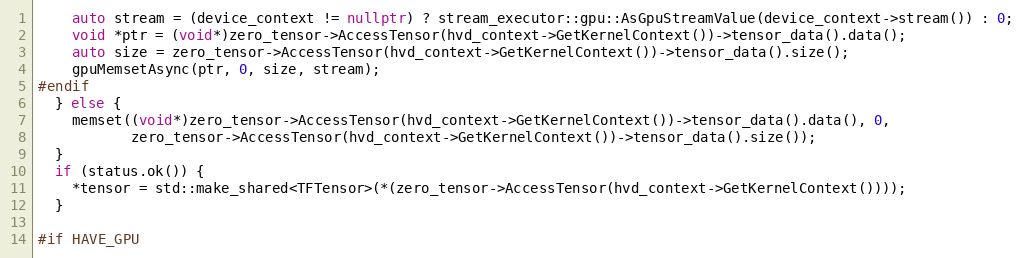
Language: C++
    auto stream = (device_context != nullptr) ? stream_executor::gpu::AsGpuStreamValue(device_context->stream()) : 0;
    void *ptr = (void*)zero_tensor->AccessTensor(hvd_context->GetKernelContext())->tensor_data().data();
    auto size = zero_tensor->AccessTensor(hvd_context->GetKernelContext())->tensor_data().size();
    gpuMemsetAsync(ptr, 0, size, stream);
#endif
  } else {
    memset((void*)zero_tensor->AccessTensor(hvd_context->GetKernelContext())->tensor_data().data(), 0,
           zero_tensor->AccessTensor(hvd_context->GetKernelContext())->tensor_data().size());
  }
  if (status.ok()) {
    *tensor = std::make_shared<TFTensor>(*(zero_tensor->AccessTensor(hvd_context->GetKernelContext())));
  }

#if HAVE_GPU